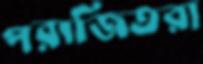
পরাজিতরা